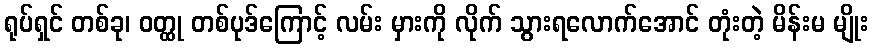
ရုပ်ရှင် တစ်ခု၊ ဝတ္ထု တစ်ပုဒ်ကြောင့် လမ်း မှားကို လိုက် သွားရလောက်အောင် တုံးတဲ့ မိန်းမ မျိုး